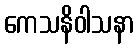
ကေသနိဝါသနာ